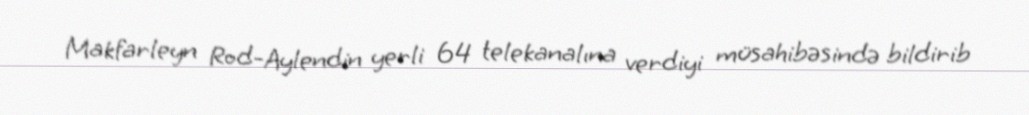
Makfarleyn Rod-Aylendin yerli 64 telekanalına verdiyi müsahibəsində bildirib